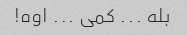
بله ... کمی ... اوه!